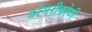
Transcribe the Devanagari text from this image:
डोंगरीकोळी